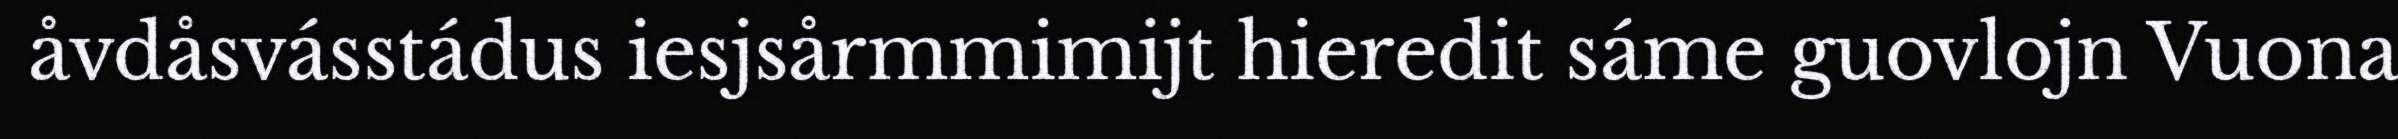
åvdåsvásstádus iesjsårmmimijt hieredit sáme guovlojn Vuona